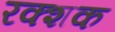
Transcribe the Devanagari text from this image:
रक्शक